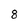
Character: 8